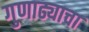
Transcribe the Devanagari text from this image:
गुणाढ्याचा